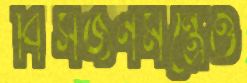
বিসর্জনমন্ত্রেও